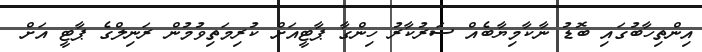
އިންތިހާބުގައި ބޮޑު ނާކާމިޔާބެއް ސަރުކާރު ހިންގާ ޕާޓީއަށް ކުރިމަތިވުމުން ރަނިލްގެ ޕާޓީ އަށް